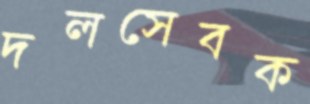
দলসেবক